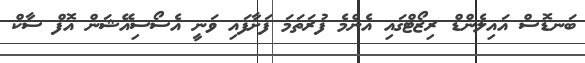
ބަނޑޮސް އައިލެންޑް ރިޒޯޓްގައި އެންމެ ފުރަތަމަ ފަށާފައި ވަނީ އެސޯސިއޭޝަން އޮފް ސާކް